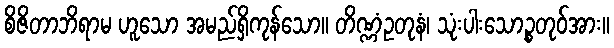
စိဇိတာဘိရာမ ဟူသော အမည်ရှိကုန်သော။ တိဏ္ဏံဥတုနံ၊ သုံးပါးသောဉ္စတုဝ်အား။